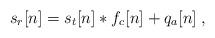
LaTeX: \begin{align*} s_r[n]=s_t[n]*f_{c}[n]+q_a[n]\;,\end{align*}